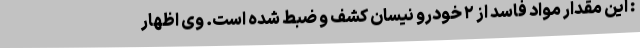
: این مقدار مواد فاسد از ۲ خودرو نیسان کشف و ضبط شده است. وی اظهار